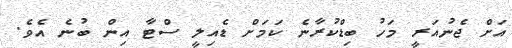
އަށް ޖެނުއަރީ މަހު ބިޑްކުރާނެ ކަމަށް ޑެއިލީ ސްޓާ އިން ބުނެ އެވެ.